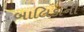
બાલિકાની